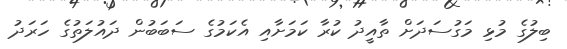
ބިލުގެ މުޅި މަގުސަދަށް ތާއީދު ކުރާ ކަމަށާއި އެކަމުގެ ސަބަބުން ދައުލަތުގެ ހަރަދު